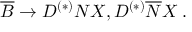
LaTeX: \overline { { B } } \rightarrow D ^ { ( * ) } N X , D ^ { ( * ) } \overline { { N } } X \; .